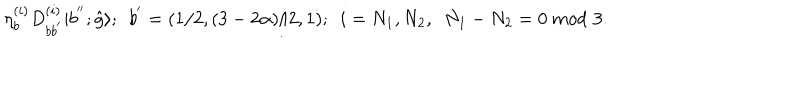
LaTeX: { \eta } _ { b } ^ { ( i ) } D _ { b b ^ { ' } } ^ { ( i ) } | b ^ { ' ^ { \prime } } ; \hat { g } \rangle ; \ \ b ^ { ' } = ( 1 / 2 , ( 3 - 2 \alpha ) / 2 , 1 ) ; \ \ i = N _ { 1 } , N _ { 2 } , \ \ N _ { 1 } - N _ { 2 } = 0 ~ m o d \, \, 3 .